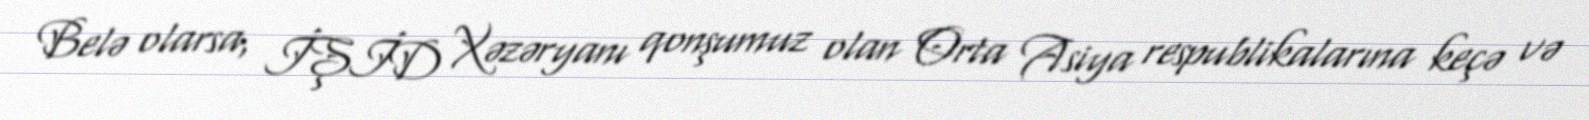
Belə olarsa, İŞİD Xəzəryanı qonşumuz olan Orta Asiya respublikalarına keçə və